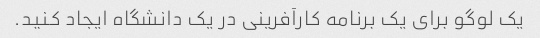
یک لوگو برای یک برنامه کارآفرینی در یک دانشگاه ایجاد کنید.